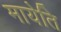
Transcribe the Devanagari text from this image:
मायेति